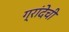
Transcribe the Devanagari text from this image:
ग्रांदेची